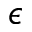
\epsilon